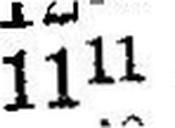
1111